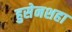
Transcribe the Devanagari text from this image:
हुसेनशहा